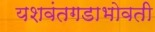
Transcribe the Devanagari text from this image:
यशवंतगडाभोवती